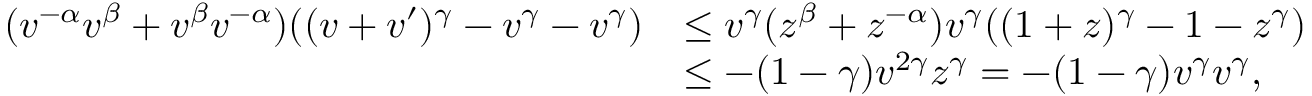
\begin{array} { r l } { ( v ^ { - \alpha } v ^ { \beta } + v ^ { \beta } v ^ { - \alpha } ) ( ( v + v ^ { \prime } ) ^ { \gamma } - v ^ { \gamma } - v ^ { \gamma } ) } & { \leq v ^ { \gamma } ( z ^ { \beta } + z ^ { - \alpha } ) v ^ { \gamma } ( ( 1 + z ) ^ { \gamma } - 1 - z ^ { \gamma } ) } \\ & { \leq - ( 1 - \gamma ) v ^ { 2 \gamma } z ^ { \gamma } = - ( 1 - \gamma ) v ^ { \gamma } v ^ { \gamma } , } \end{array}